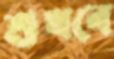
শুখবে